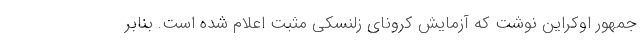
جمهور اوکراین نوشت که آزمایش کرونای زلنسکی مثبت اعلام شده است. بنابر